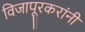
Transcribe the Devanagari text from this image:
विजापूरकरांनी